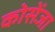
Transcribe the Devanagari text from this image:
कोसेंजा